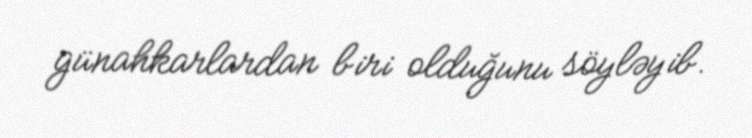
günahkarlardan biri olduğunu söyləyib.